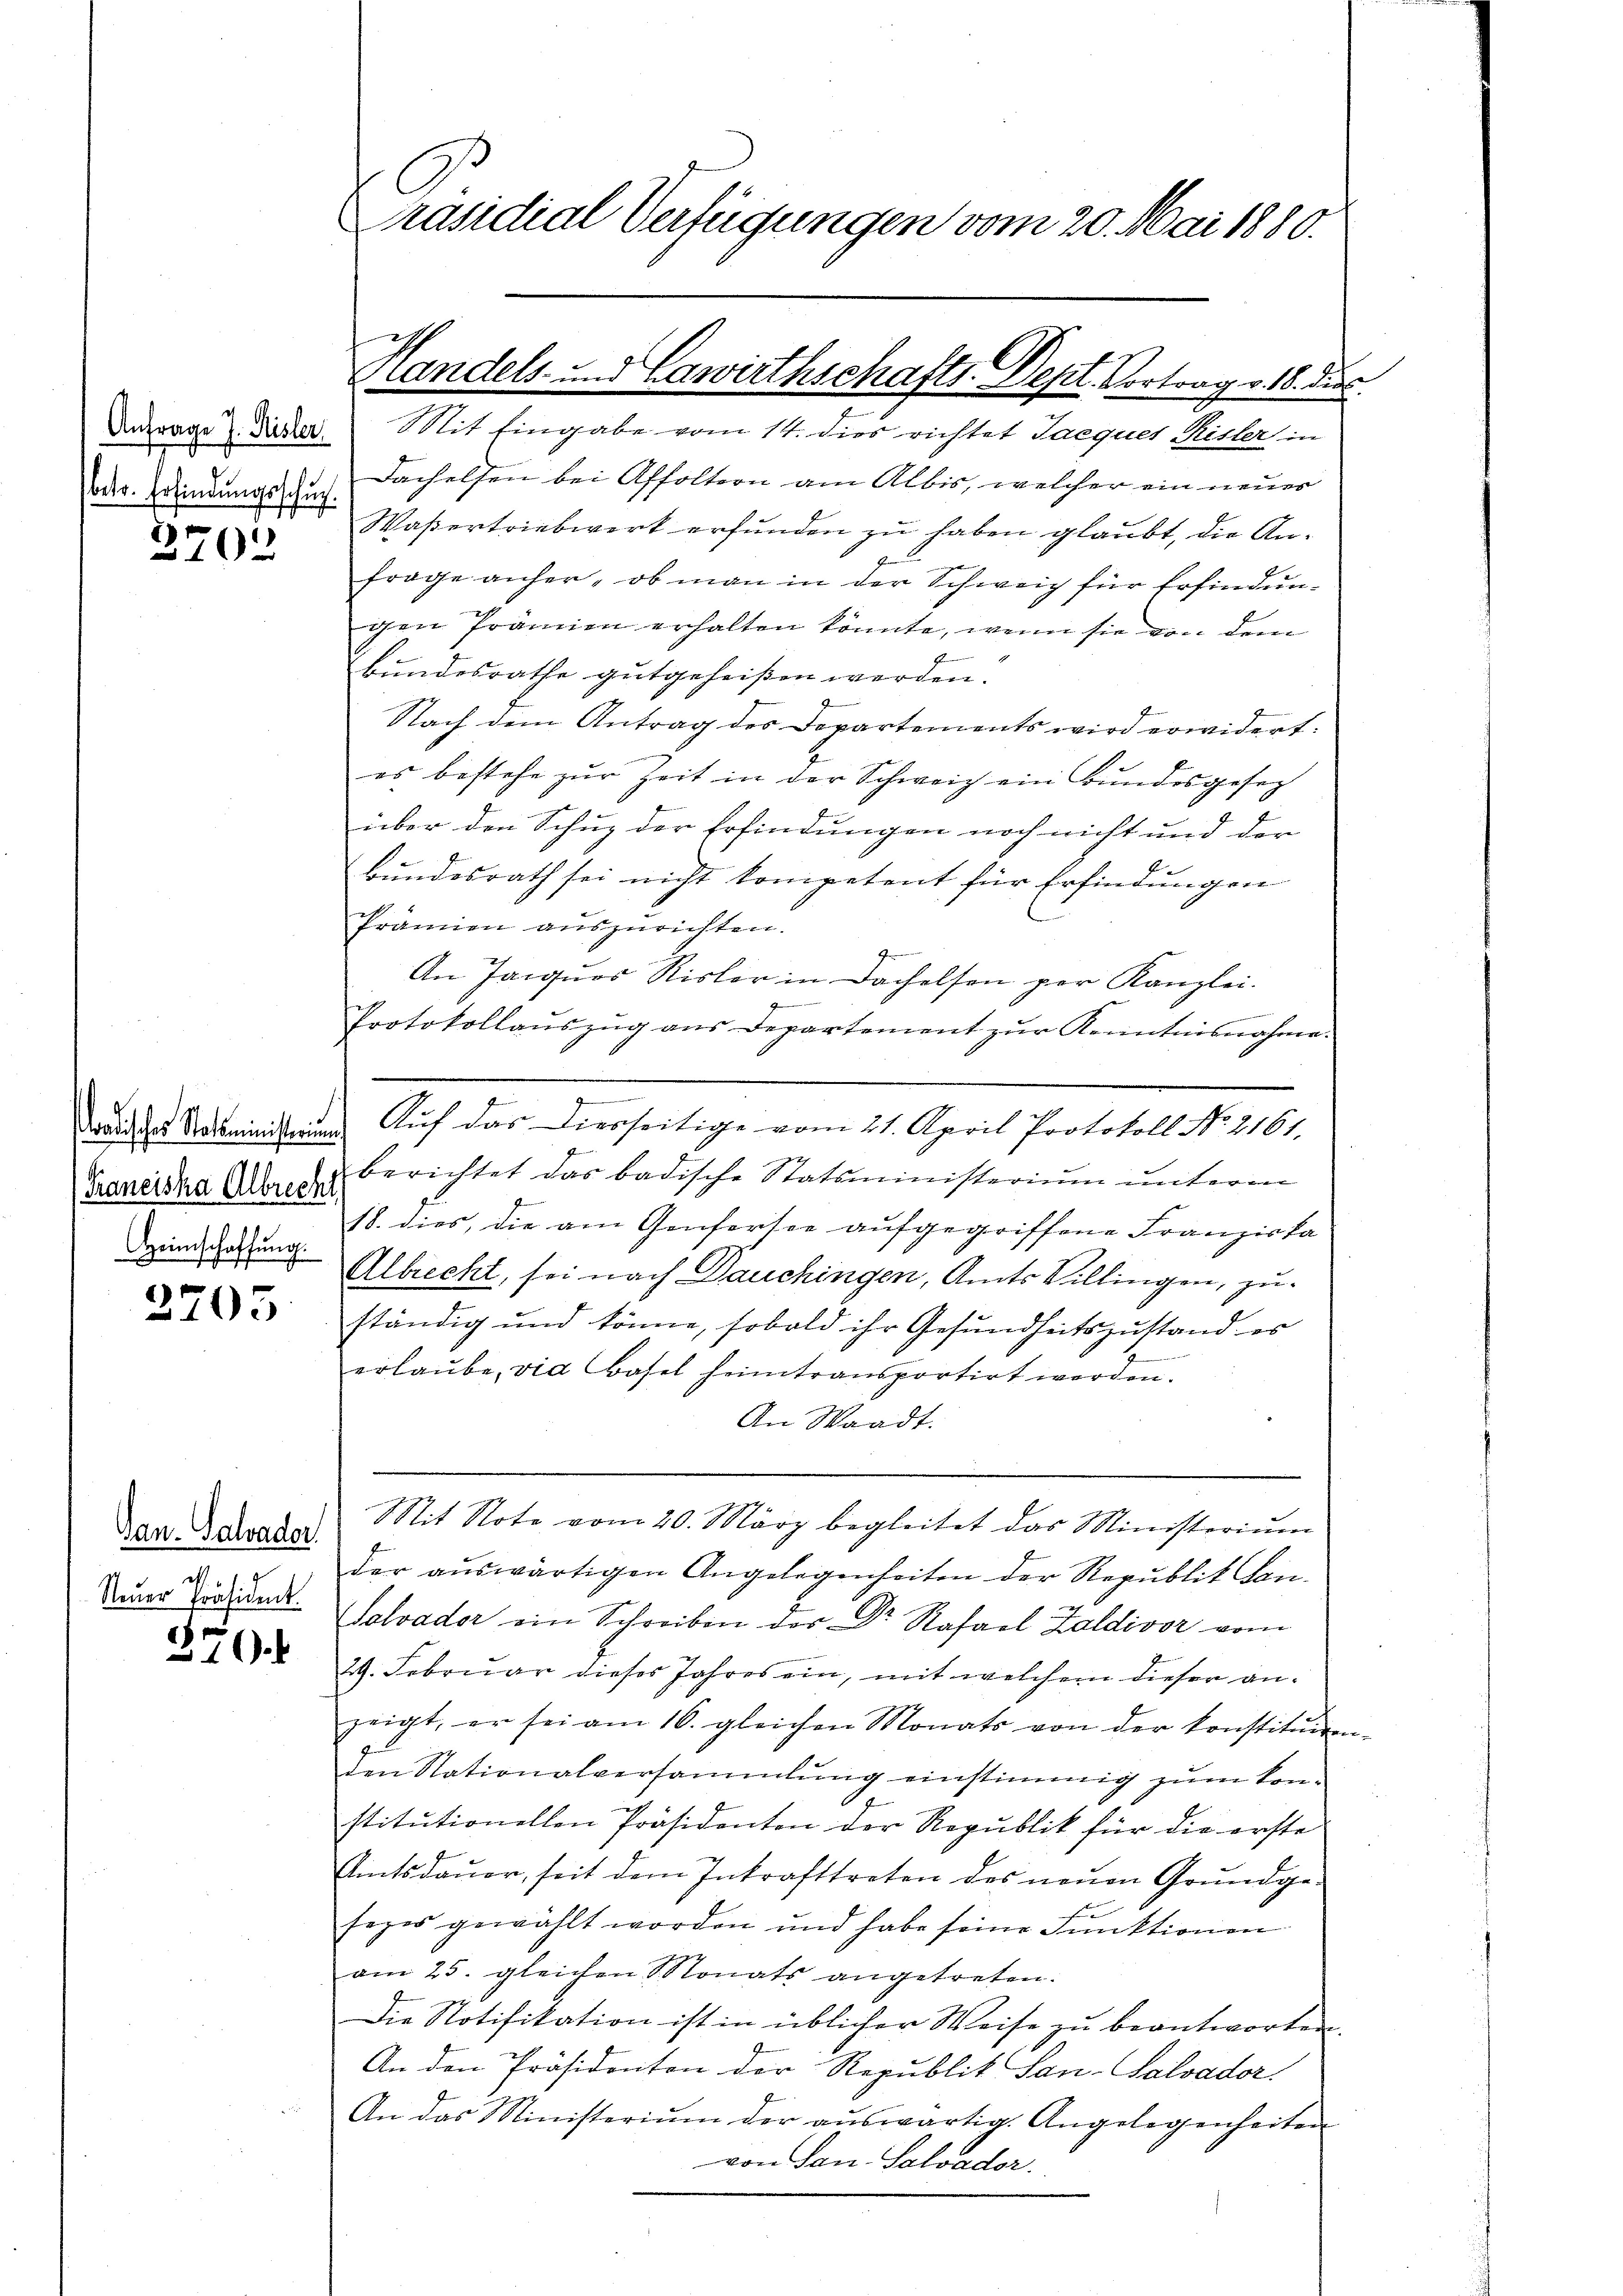
2702

Tradisches Statsministerium

2705.

Gan. Salvador
M 1
Neuer Präsident.

270.

Präsidial-Verfügungen vom 20. Mai 1880.

Handels- und Lawirthschafts-Dept. Vortrag v. 16. disc
Antrage derer Mit Eingabe vom 14. dies richtet Jacques Risler in

oder Grindungs auch Fachelsen bei Affoltern am Albis, welcher ein neuer
Waßertriebwerk erfunden zu haben glaubt, die Anfrage anher, ob man in der Schweig für Erfindungen Prämien erhalten könnte, wenn sie von dem
E
bundesrathe gutgeheißen werden.
Nach dem Antrag des Departements wird erwidert:
es bestehe zur Zeit in der Schweiz ein Bundesgesetz
über den Schuz der Erfindungen noch nicht und der
bundesrath sei nicht kompetent für Erfindungen
Prämien auszurichten.
An Jacquos Risler in Dachelsen per Kanzlei.
g
wuerdienen geren
Protokollaŭszŭg aŭs Departement zŭr Kenntnisnahme.
Auf das Diesseitige vom 21. April Protokoll No 2161.
Franciska des Berichtet das badische Statsministerium unterm
18. dies, die am Genferste aufgegriffene Franziska
zind nun Albrecht, sei nach Dauchingen, Amts Billingen, zuständig und könne, sobald ihr Gesundheitszustand es
erlaŭbe, via Basel heimtransportirt werden.
An Waadt.
Mit Note vom 20. März begleitet das Ministeriŭm
der aŭswärtigen Angelegenheiten der Republit Lan-
Salvader ein Schreiben der Dr. Rafael Zaldivor vom
29. Februar dieses Jahres ein, mit welchem dieser anzeigt, er sei am 16. gleichen Monats von der konstituiren-
den Nationalversammlung einstimmig zum Konstitutionellen Präsidenten der Republik für die erste
Amtsdaŭer, seit dem Inkrafttreten des neuen Grundge-
sezes gewählt worden und habe seine Funktionen
am 25. gleichen Monats angetreten.
Die Notifikation ist in üblicher Weise zu beantworten.
An den Präsidenten der Republit San-Salvador
An das Ministeriŭm der aŭswärtig. Angelegenheiten
von San.- Salvader.